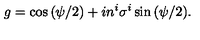
g = \cos { ( \psi / 2 ) } + i n ^ { i } \sigma ^ { i } \sin { ( \psi / 2 } ) .